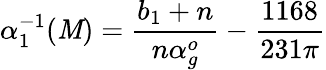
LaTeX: \alpha_{1}^{-1}(\mathit{M})=\frac{{b_{1}+n}}{{n\alpha_{g}^{o}}}-\frac{{1168}}{{231\pi}}